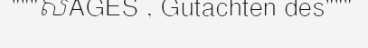
"""សAGES , Gutachten des"""